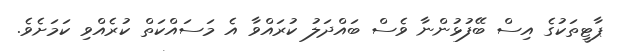
ޕާޓީތަކުގެ އިސް ބޭފުޅުންނާ ވެސް ބައްދަލު ކުރައްވާ އެ މަސައްކަތް ކުރެއްވި ކަމަށެވެ.